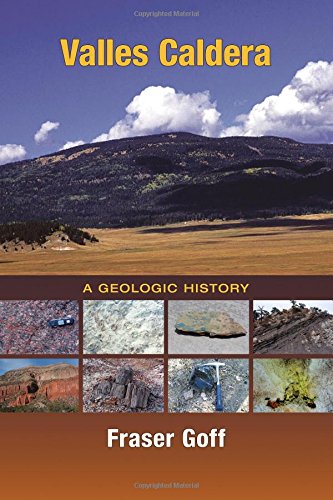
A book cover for Valles Caldera: A Geologic History; Fraser Goff; Science & Math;